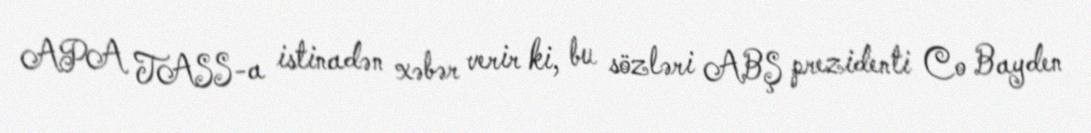
APA TASS-a istinadən xəbər verir ki, bu sözləri ABŞ prezidenti Co Bayden